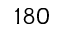
1 8 0